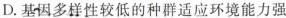
D.基因多样性较低的种群适应环境能力强